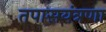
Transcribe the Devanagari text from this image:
तपासयंत्रणा